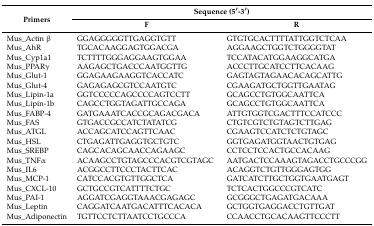
<table><thead><tr><td rowspan="2"><b>Primers</b></td><td colspan="2"><b>Sequence (5′-3′)</b></td></tr><tr><td><b>F</b></td><td><b>R</b></td></tr></thead><tbody><tr><td>Mus_Actin β</td><td>GGAGGGGGTTGAGGTGTT</td><td>GTGTGCACTTTTATTGGTCTCAA</td></tr><tr><td>Mus_AhR</td><td>TGCACAAGGAGTGGACGA</td><td>AGGAAGCTGGTCTGGGGTAT</td></tr><tr><td>Mus_Cyp1a1</td><td>TCTTTTGGGAGGAAGTGGAA</td><td>TCCATACATGGAAGGCATGA</td></tr><tr><td>Mus_PPARγ</td><td>AAGAGCTGACCCAATGGTTG</td><td>ACCCTTGCATCCTTCACAAG</td></tr><tr><td>Mus_Glut-1</td><td>GGAGAAGAAGGTCACCATC</td><td>GAGTAGTAGAACACAGCATTG</td></tr><tr><td>Mus_Glut-4</td><td>GAGAGAGCGTCCAATGTC</td><td>CGAAGATGCTGGTTGAATAG</td></tr><tr><td>Mus_Lipin-1a</td><td>GGTCCCCCAGCCCCAGTCCTT</td><td>GCAGCCTGTGGCAATTCA</td></tr><tr><td>Mus_Lipin-1b</td><td>CAGCCTGGTAGATTGCCAGA</td><td>GCAGCCTGTGGCAATTCA</td></tr><tr><td>Mus_FABP-4</td><td>GATGAAATCACCGCAGACGACA</td><td>ATTGTGGTCGACTTTCCATCCC</td></tr><tr><td>Mus_FAS</td><td>GTGACCGCCATCTATATCG</td><td>CTGTCGTCTGTAGTCTTGAG</td></tr><tr><td>Mus_ATGL</td><td>ACCAGCATCCAGTTCAAC</td><td>CGAAGTCCATCTCTGTAGC</td></tr><tr><td>Mus_HSL</td><td>CTGAGATTGAGGTGCTGTC</td><td>GGTGAGATGGTAACTGTGAG</td></tr><tr><td>Mus_SREBP</td><td>CAGCACAGCAACCAGAAGC</td><td>CCTCCTCCACTGCCACAAG</td></tr><tr><td>Mus_TNFα</td><td>ACAAGCCTGTAGCCCACGTCGTAGC</td><td>AATGACTCCAAAGTAGACCTGCCCGG</td></tr><tr><td>Mus_IL6</td><td>ACGGCCTTCCCTACTTCAC</td><td>ACAGGTCTGTTGGGAGTGG </td></tr><tr><td>Mus_MCP-1</td><td>CATCCACGTGTTGGCTCA</td><td>GATCATCTTGCTGGTGAATGAGT</td></tr><tr><td>Mus_CXCL-10</td><td>GCTGCCGTCATTTTCTGC </td><td>TCTCACTGGCCCGTCATC</td></tr><tr><td>Mus_PAI-1</td><td>AGGATCGAGGTAAACGAGAGC</td><td>GCGGGCTGAGATGACAAA</td></tr><tr><td>Mus_Leptin</td><td>CAGGATCAATGACATTTCACACA</td><td>GCTGGTGAGGACCTGTTGAT</td></tr><tr><td>Mus_Adiponectin</td><td>TGTTCCTCTTAATCCTGCCCA</td><td>CCAACCTGCACAAGTTCCCTT</td></tr></tbody></table>